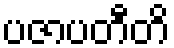
ပဇာပတီတိ